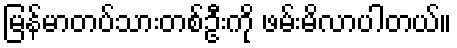
မြန်မာတပ်သားတစ်ဦးကို ဖမ်းမိလာပါတယ်။